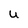
Character: U